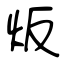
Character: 炍